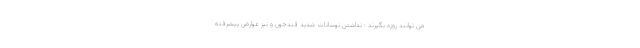
می توانند روزه بگیرند : نداشتن نوسانات شدید قندخون و نیز عوارض پیشرفته